system: You are a helpful assistant.
user:
Analyze the provided spectrum to determine if it is a **S-type Star**.

- **Key Indicators for S-type Star:**

    - **(Overall Spectrum Shape):** The first and most obvious characteristic is the overall continuum (the "baseline" shape). It is **extremely "red-sloping,"** meaning the flux (light intensity) is very low on the left side (blue, ~4000-4500 Å) and rises steeply and continuously toward the right side (red, ~7000 Å+).

    - **(Primary):** The spectrum is defined by the presence of strong, broad molecular absorption "valleys" (bands) from **Zirconium Oxide (ZrO)**. The identification of these bands is the **primary requirement** for classifying a star as S-type.
        - **(Key Bandheads):** You must find distinct, deep "dips" where the light has been absorbed. The most critical band systems to locate are:
            - **~6474 Å** ($\gamma$-system): This is often the strongest and clearest ZrO feature, found in the red part of the spectrum.
            - **~5718 Å** & **~5551 Å** ($\beta$-system): A pair of prominent absorption features in the yellow-orange part of the spectrum.
            - **~4640 Å** ($\alpha$-system): A key absorption band system in the blue-green region of the spectrum.

    - **(Secondary Confirmation):** The classification is strengthened by finding additional absorption bands from other related heavy element oxides, which are expected to be present alongside ZrO.
        - **(Key Bandheads):**
            - **Yttrium Oxide (YO):** Look for absorption dips near **~4800 Å** and **~6100 Å**.
            - **Lanthanum Oxide (LaO):** Additional absorption features, particularly in the red-orange part of the spectrum, are also characteristic.

    - **(Line Profile):** The combination of the steep red continuum and these numerous, deep molecular bands (ZrO, YO, etc.) gives the entire spectrum a very **"chopped-up"** or **"bumpy"** appearance. Instead of a smooth curve, the spectrum looks as though large, wide chunks of light have been "carved out" of it at the specific wavelengths listed above.

Think first, call **spectral_visualization_tool** if needed to examine features in detail, then provide your final answer. Your response must adhere to the following strict rules:
1.  **Overall Structure:** Your response must follow the format `<think>...</think> <tool_call>...</tool_call> (if a tool is used) <answer>...</answer>`.
2.  **Tool Usage Constraint:** You may only make **one** tool call per turn.
3.  **Final Answer Format:** In the `<answer>` tag, your conclusion must be inside a `\boxed{}` command (e.g., `\boxed{YES}` or `\boxed{NO}`), followed by your justification.

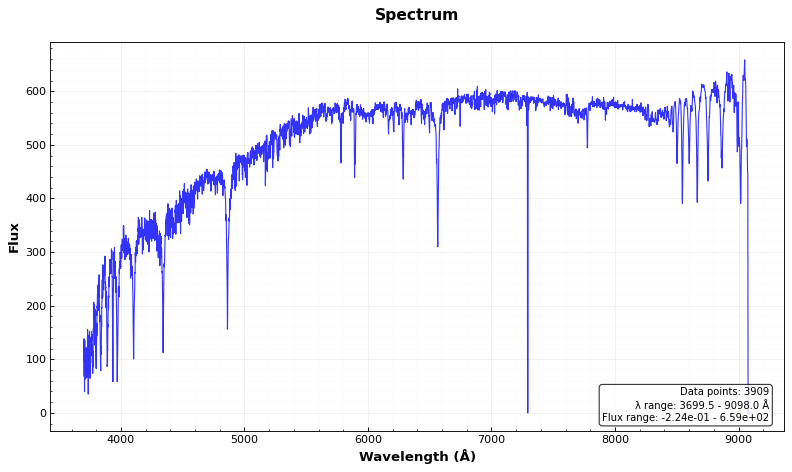
Answer: NO